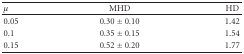
<table><thead><tr><td><b><i>μ</i></b></td><td><b> MHD </b></td><td><b> HD </b></td></tr></thead><tbody><tr><td> 0.05</td><td>0.30 ± 0.10</td><td>1.42</td></tr><tr><td>0.1</td><td>0.35 ± 0.15</td><td>1.54</td></tr><tr><td>0.15</td><td>0.52 ± 0.20</td><td>1.77</td></tr></tbody></table>